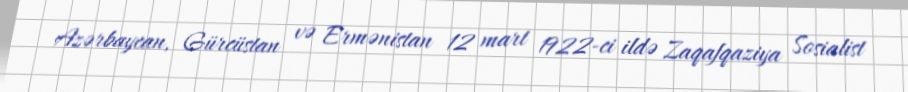
Azərbaycan, Gürcüstan və Ermənistan 12 mart 1922-ci ildə Zaqafqaziya Sosialist